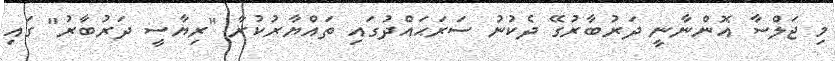
މި ޖަލްސާ އޮންނާނީ ދަރުބާރުގޭ ދެކުނު ސަރަޙައްދުގައި ތައްޔާރުކުރާ "ރިޔާސީ ދަރުބާރު" ގައި